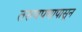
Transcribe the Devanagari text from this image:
तरुणपणापासून